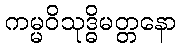
ကမ္မဝိသုဒ္ဓိမတ္တနော